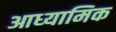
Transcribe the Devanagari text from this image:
आध्‍यामिक